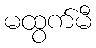
မထွက်မီ